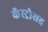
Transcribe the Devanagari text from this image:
कॅस्ट्रोसह